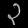
Digit: ၃